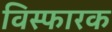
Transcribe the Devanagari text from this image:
विस्फारक